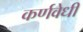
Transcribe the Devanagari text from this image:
कर्णवेधी